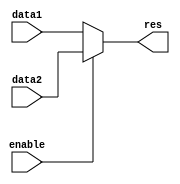
`timescale 1ns / 1ps
//////////////////////////////////////////////////////////////////////////////////
// Company: 
// Engineer: 
// 
// Design Name: 
// Module Name: mux_5b
// Project Name: 
// Target Devices: 
// Tool Versions: 
// Description: 
// 
// Dependencies: 
// 
// Revision:
// Revision 0.01 - File Created
// Additional Comments:
// 
//////////////////////////////////////////////////////////////////////////////////


module mux_5b(
input enable,
input [4:0]data1,
input [4:0]data2,
output [4:0] res
    );
    
    assign res = enable?data2:data1;
endmodule